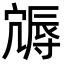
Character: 䢇